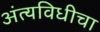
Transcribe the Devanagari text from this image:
अंत्यविधीचा